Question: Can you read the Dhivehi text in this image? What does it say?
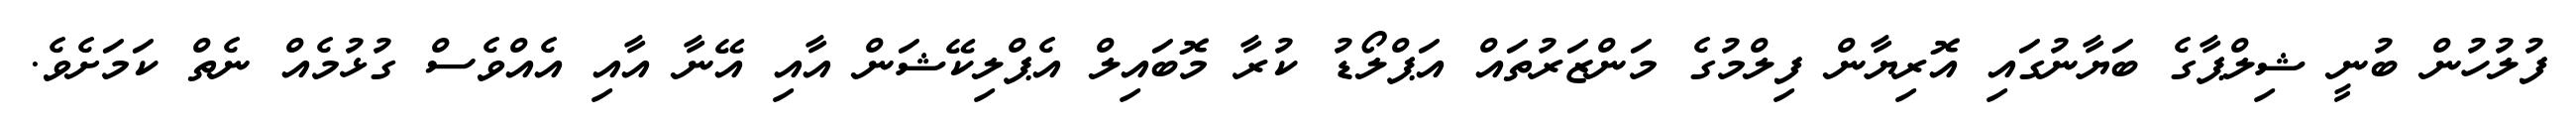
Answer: ފުލުހުން ބުނީ ޝިލްޕާގެ ބަޔާނުގައި އޮރިޔާން ފިލްމުގެ މަންޒަރުތައް އަޕްލޯޑު ކުރާ މޮބައިލް އެޕްލިކޭޝަން އާއި އޭނާ އާއި އެއްވެސް ގުޅުމެއް ނެތް ކަމަށެވެ.